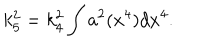
k _ { 5 } ^ { 2 } = k _ { 4 } ^ { 2 } \int a ^ { 2 } ( x ^ { 4 } ) d x ^ { 4 } .